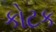
કોટક